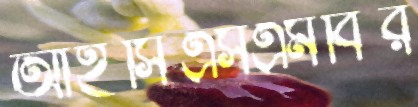
আইসিএসএমবির